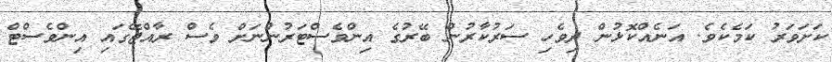
ކަށަވަރު ކަމެކެވެ. އަނެއްކޮޅުން ދިވެހި ސަރުކާރުން ބޭރުގެ އިންވެސްޓަރުންނަށް ވެސް ރާއްޖޭގައި އިންވެސްޓް